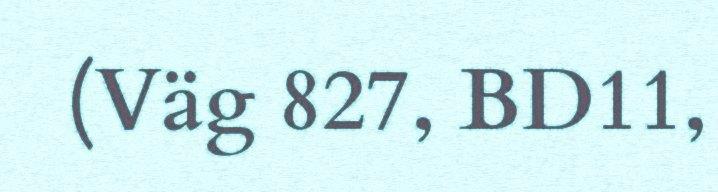
(Väg 827, BD11,